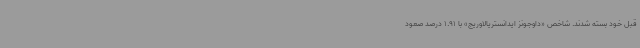
قبل خود بسته شدند. شاخص «داوجونز ایدانستریالاوریج» با 1.91 درصد صعود